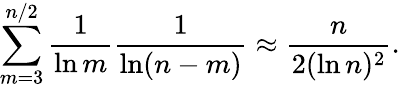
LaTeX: \sum_{m=3}^{n/2}{\frac{1}{\ln m}}{\frac{1}{\ln(n-m)}}\approx{\frac{n}{2(\ln n)^{2}}}.